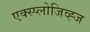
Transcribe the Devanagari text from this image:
एक्स्प्लोजिव्ह्ज